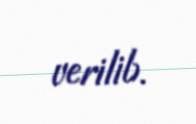
verilib.